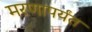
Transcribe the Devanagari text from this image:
मरणापर्यंत